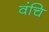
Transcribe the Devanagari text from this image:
वंचि